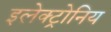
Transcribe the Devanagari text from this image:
इलेक्ट्रोनिय